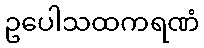
ဥပေါသထကရဏံ